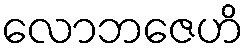
လောဘဇေဟိ